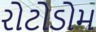
રોટોડોમ